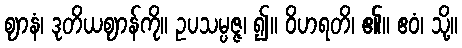
ဈာနံ၊ ဒုတိယဈာန်ကို။ ဥပသမ္ပဇ္ဇ၊ ၍။ ဝိဟရတိ၊ ၏။ ဧဝံ၊ သို့။